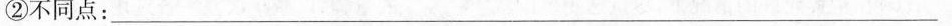
②不同点___